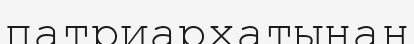
патриархатынан